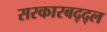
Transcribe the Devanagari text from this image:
सरकारबद्द्ल